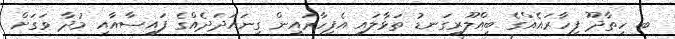
ބ. ހިތާދޫ ފިހާރައެއްގެ ބިއްލޫރިގަނޑު ތަޅާލައި އެފިހާރައިން ގިނައަދަދެއްގެ ފައިސާއާއި މުދާ ވަގަށް